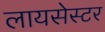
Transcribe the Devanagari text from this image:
लायसेस्टर